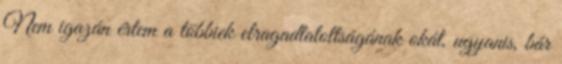
Nem igazán értem a többiek elragadtatottságának okát, ugyanis, bár